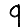
Digit: 9